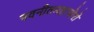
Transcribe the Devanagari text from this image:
नवनीतमहाचोरो